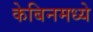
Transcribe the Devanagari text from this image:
केबिनमध्ये